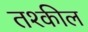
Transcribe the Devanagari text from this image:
तश्कील